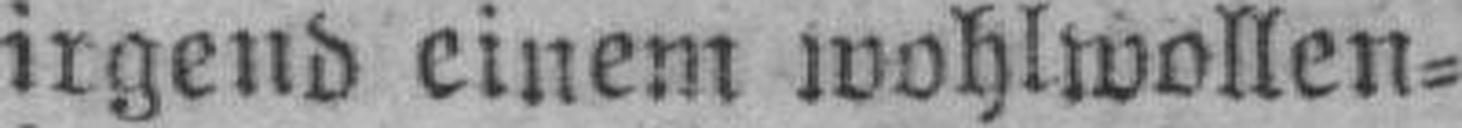
irgend einem wohlwollen¬